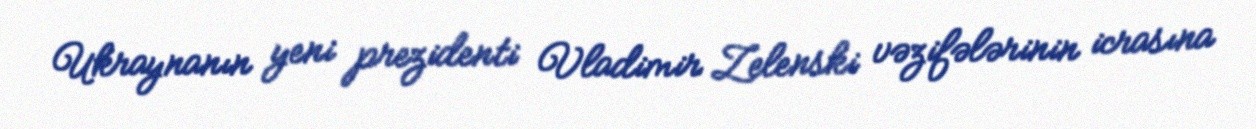
Ukraynanın yeni prezidenti Vladimir Zelenski vəzifələrinin icrasına